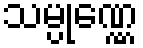
သမ္ပုဏ္ဏေ